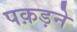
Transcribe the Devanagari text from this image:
पक़ड़ने